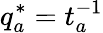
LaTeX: q_{a}^{*}=t_{a}^{-1}